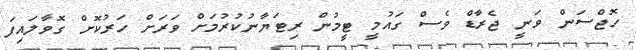
ހޮޖްސަން ވަނީ ޖެރާޑް ވެސް ގައުމީ ޓީމުން ރިޓަޔާނުކުރުމަށް ވަރަށް ހަރުކޮށް ގޮވާލައިފަ